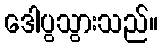
ဒေါပွသွားသည်။